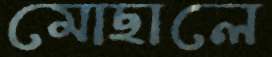
মোছালে